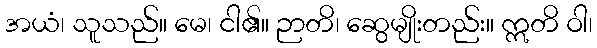
အယံ၊ သူသည်။ မေ၊ ငါ၏။ ဉာတိ၊ ဆွေမျိုးတည်း။ ဣတိ ဝါ၊